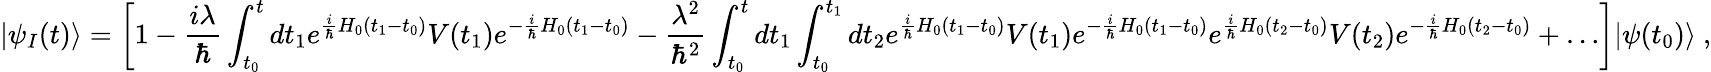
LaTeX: |\psi_{I}(t)\rangle=\left[1-{\frac{i\lambda}{\hbar}}\int_{t_{0}}^{t}dt_{1}e^{{\frac{i}{\hbar}}H_{0}(t_{1}-t_{0})}V(t_{1})e^{-{\frac{i}{\hbar}}H_{0}(t_{1}-t_{0})}-{\frac{\lambda^{2}}{\hbar^{2}}}\int_{t_{0}}^{t}dt_{1}\int_{t_{0}}^{t_{1}}dt_{2}e^{{\frac{i}{\hbar}}H_{0}(t_{1}-t_{0})}V(t_{1})e^{-{\frac{i}{\hbar}}H_{0}(t_{1}-t_{0})}e^{{\frac{i}{\hbar}}H_{0}(t_{2}-t_{0})}V(t_{2})e^{-{\frac{i}{\hbar}}H_{0}(t_{2}-t_{0})}+\ldots\right]|\psi(t_{0})\rangle~,